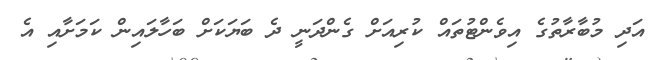
އަދި މުބާރާތުގެ އިވެންޓުތައް ކުރިއަށް ގެންދަނީ ދެ ބަޔަކަށް ބަހާލައިން ކަމަށާއި އެ